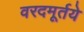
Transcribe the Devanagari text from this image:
वरदमूर्तये